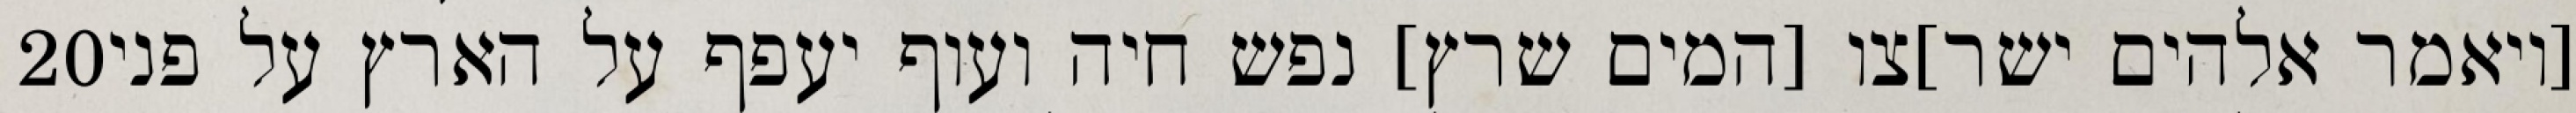
‎20‏ [ויאמר אלהים ישר]צו [המים שרץ] נפש חיה ועוף יעפף על הארץ על פני